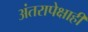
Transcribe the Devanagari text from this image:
अंतरापेक्षाही